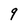
Character: 9